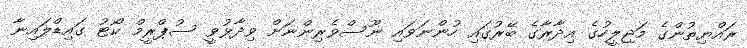
ރައްޔިތުންގެ މަޖިލީހުގެ އިދާރާގެ ބޭރުގައި ހުންނަވައި ނޫސްވެރިންނަށް ވިދާޅުވީ ސުޕްރީމް ކޯޓު ގައިޑްލައިނާ